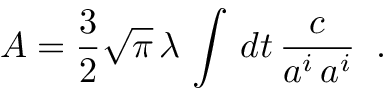
{ \cal A } = { \frac { 3 } { 2 } } \sqrt { \pi } \, \lambda \, \int \, d t \, { \frac { c } { a ^ { i } \, a ^ { i } } } \; \; .